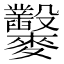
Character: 𪎇